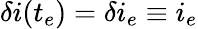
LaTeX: \delta i(t_{e})=\delta i_{e}\equiv i_{e}